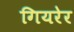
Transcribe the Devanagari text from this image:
गियरेर